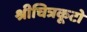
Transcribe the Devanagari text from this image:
श्रीचित्रकूटो